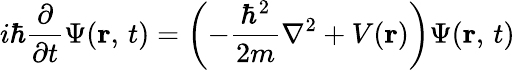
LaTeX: i\hbar{\frac{\partial}{\partial t}}\Psi(\mathbf{r},\, t)=\left(-{\frac{\hbar^{2}}{2m}}\nabla^{2}+V(\mathbf{r})\right)\Psi(\mathbf{r},\, t)